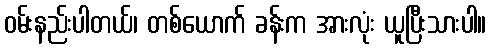
ဝမ်းနည်းပါတယ်၊ တစ်ယောက် ခန်းက အားလုံး ယူပြီးသားပါ။